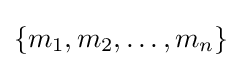
\left\{m_{1},m_{2},\dots ,m_{n}\right\}